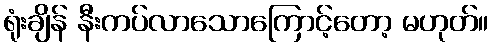
ရုံးချိန် နီးကပ်လာသောကြောင့်တော့ မဟုတ်။